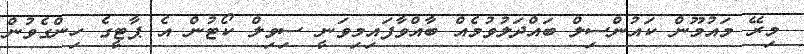
މިރޭ މައުމޫން ކައުންސިލް ބައްދަލުވުމެއް ބާއްވާފައިމިވަނީ ސިވިލް ކޯޓުން އެ ޕާޓީގެ ހިންގެވުން